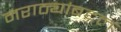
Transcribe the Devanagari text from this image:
मराठ्यांबद्दल